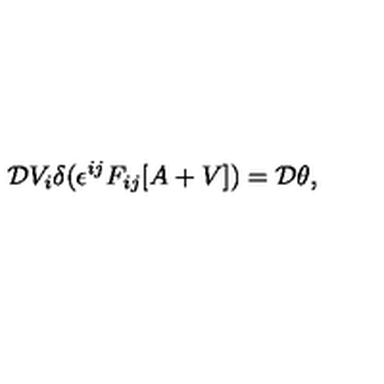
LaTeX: { \cal D } V _ { i } \delta ( \epsilon ^ { i j } F _ { i j } [ A + V ] ) = { \cal D } \theta ,